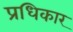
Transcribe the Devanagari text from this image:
प्रधिकार